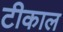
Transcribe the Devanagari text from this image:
टीकाल